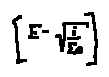
[ E - \sqrt { \frac { i } { \sum e } } ]